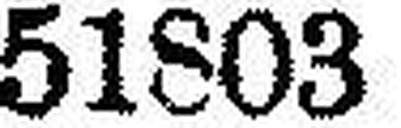
51803